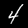
Digit: 4